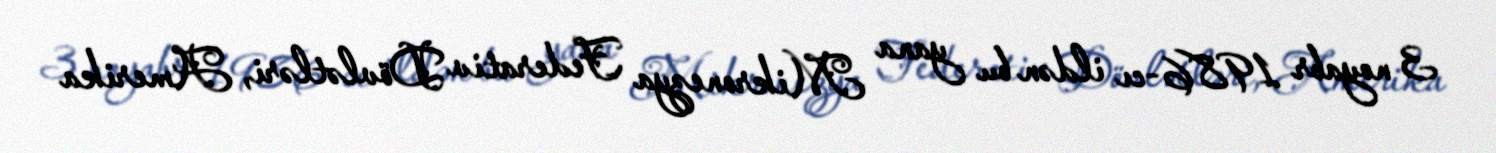
3 noyabr 1986-cı ildən bu yana Mikronezya Federativ Dövlətləri, Amerika